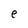
Character: e